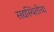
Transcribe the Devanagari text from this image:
सद्यस्थितीचा